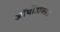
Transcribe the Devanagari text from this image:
ऑर्थोडॉक्स।